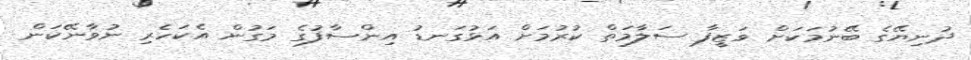
ދުނިޔޭގެ ބޭނުމަކަށް ވަޒީފާ ސަލާމަތް ކުރުމަށް އަޅުގަނޑު އިންސާފުގެ މަގުން އެކަހެރި ނުވާނޭކަން